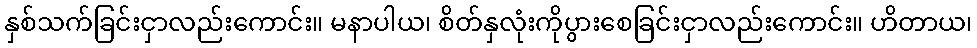
နှစ်သက်ခြင်းငှာလည်းကောင်း။ မနာပါယ၊ စိတ်နှလုံးကိုပွားစေခြင်းငှာလည်းကောင်း။ ဟိတာယ၊